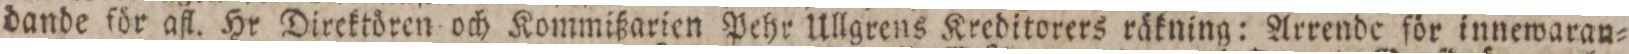
dande för afl. Hr Direktören och Kommißarien Pehr Ullgrens Kreditorers räkning: Arrende för innewaran=